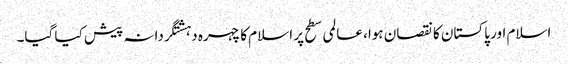
اسلام اور پاکستان کا نقصان ہوا، عالمی سطح پر اسلام کا چہرہ دہشتگردانہ پیش کیا گیا۔